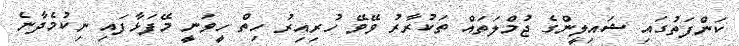
ކަންފަތުގައި ޝައިލީންގެ ޖުމްލަތައް ތަކުރާރު ވޭވޭ ހުރިއިރު ހިތް ހީވަނީ މޭފަޅާފައި ނިކުމެދާނެ